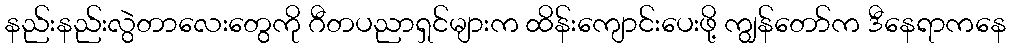
နည်းနည်းလွဲတာလေးတွေကို ဂီတပညာရှင်များက ထိန်းကျောင်းပေးဖို့ ကျွန်တော်က ဒီနေရာကနေ